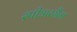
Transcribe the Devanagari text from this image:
स्पीअरमैंन